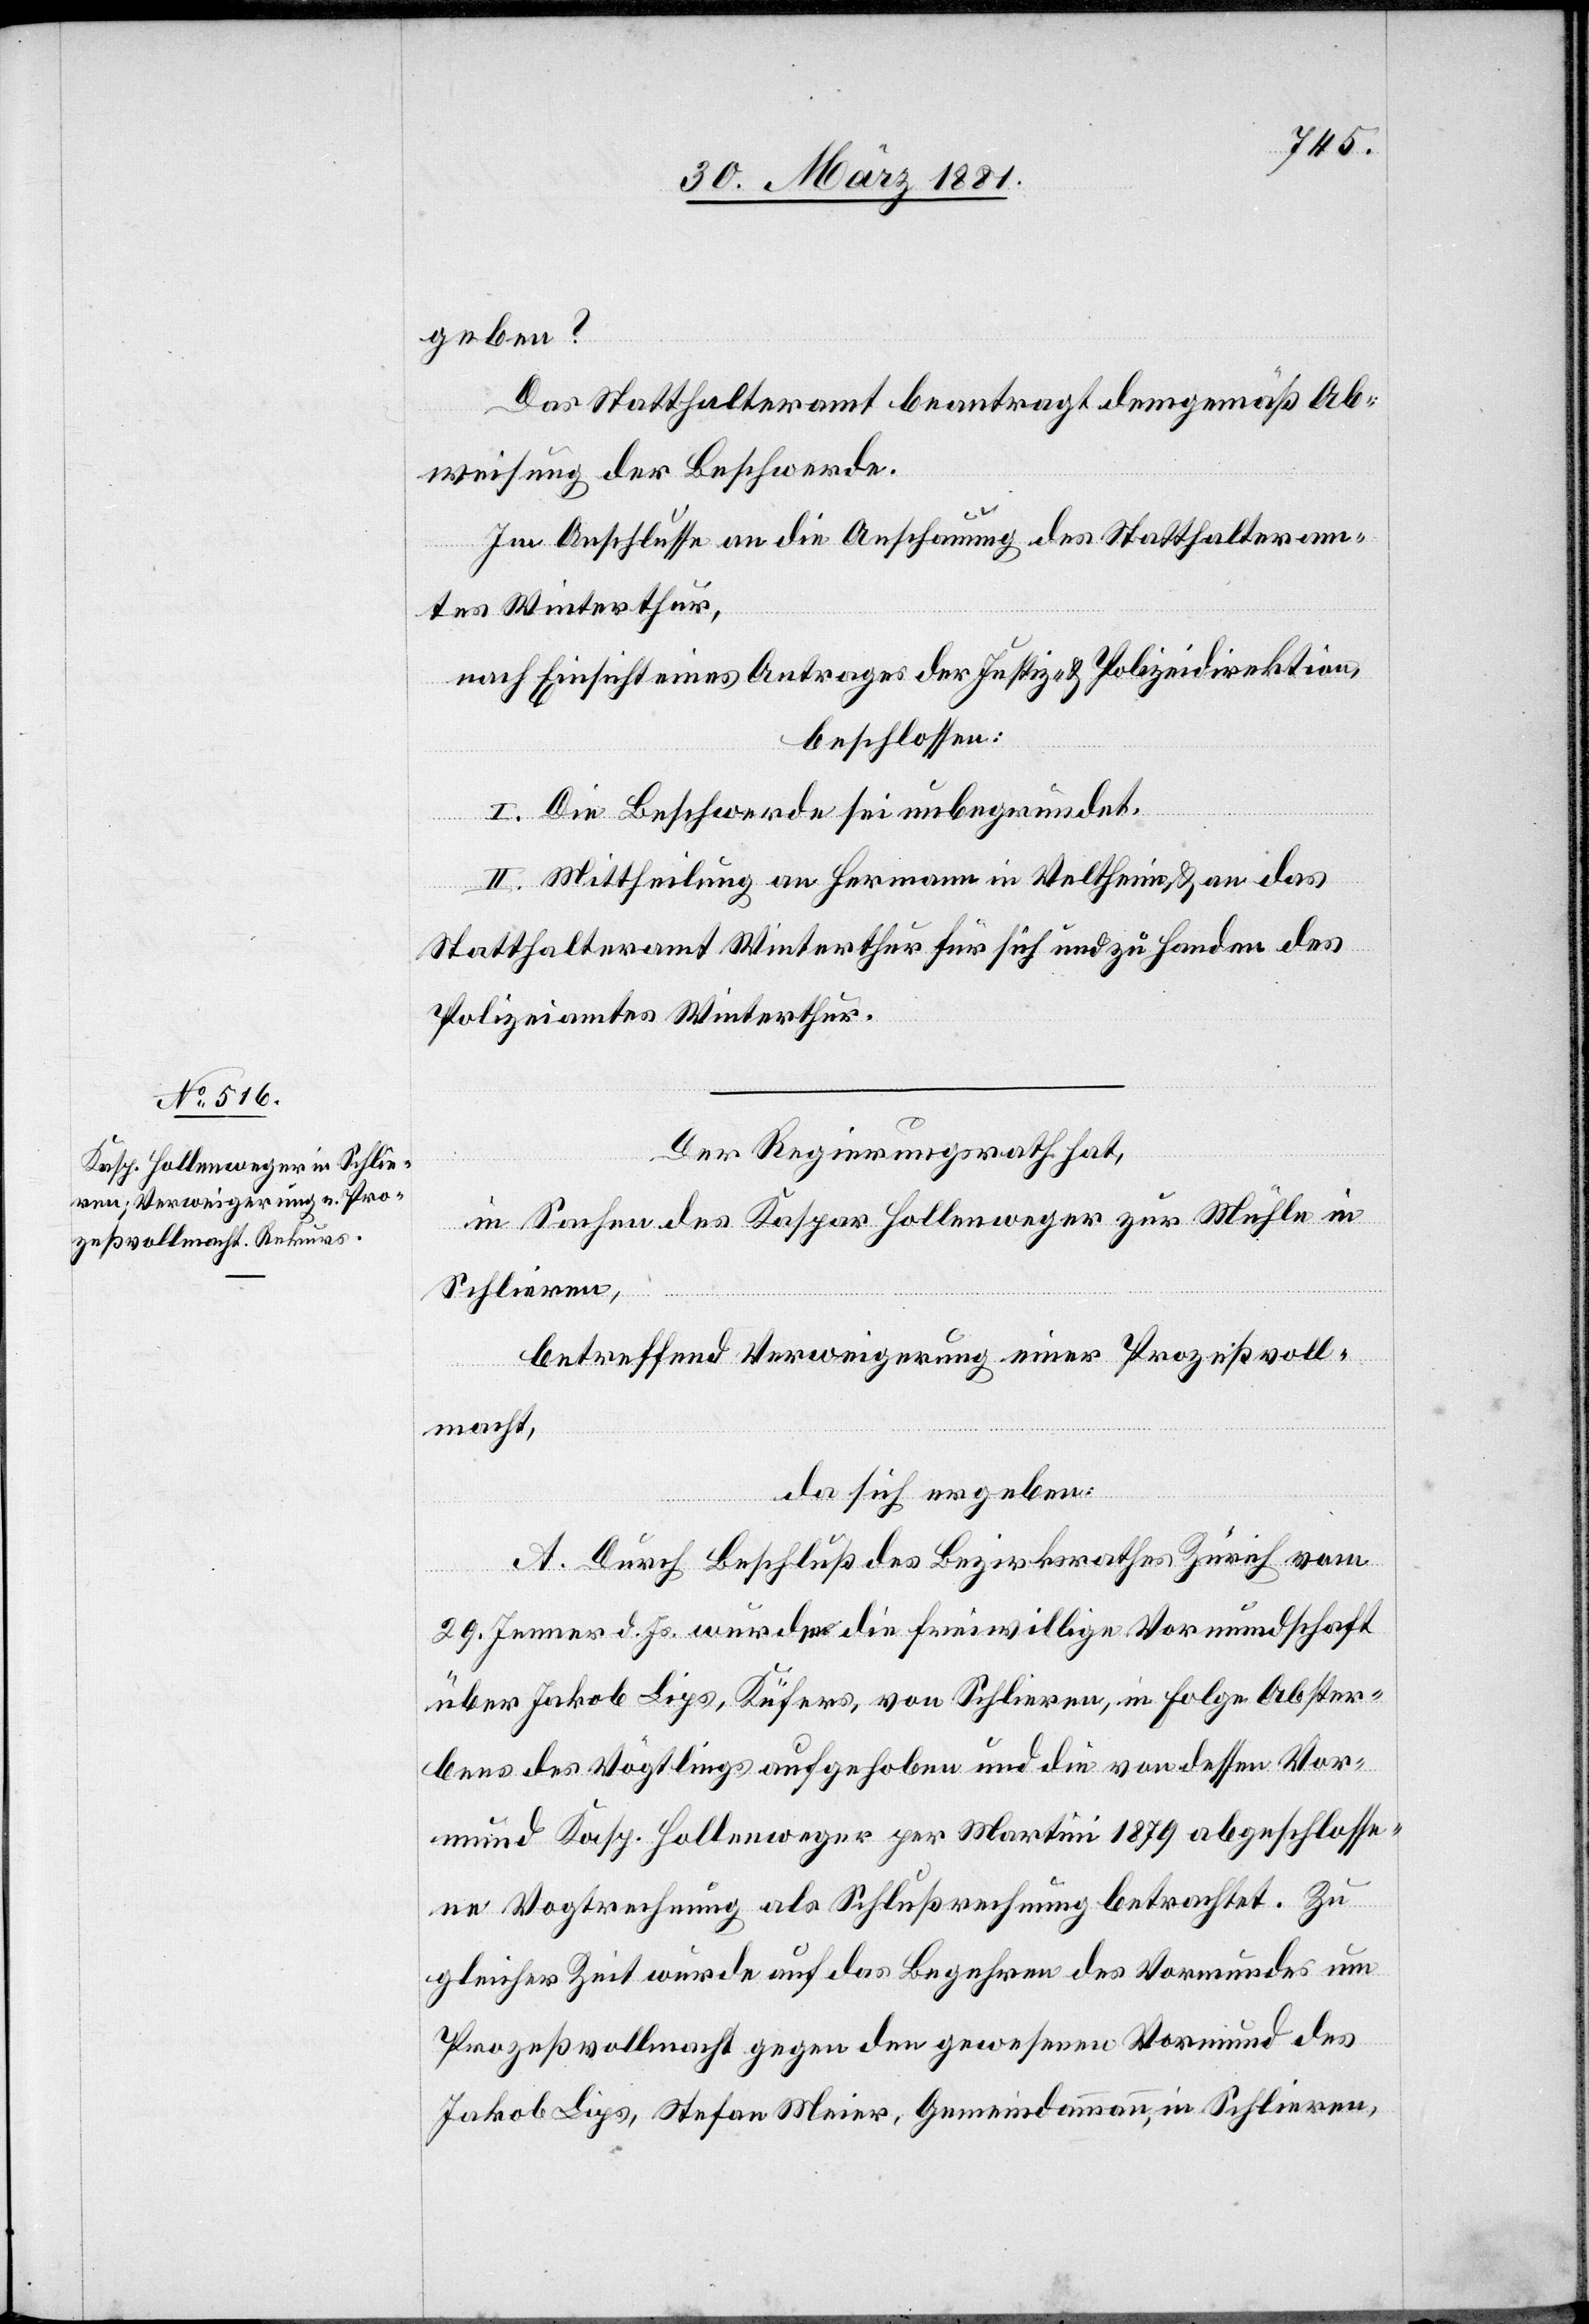
geben?
Das Statthalteramt beantragt demgemäß Ab¬
weisung der Beschwerde.
Im Anschlusse an die Anschauung des Statthalteram¬
tes Winterthur,
nach Einsicht eines Antrages der Justiz- & Polizeidirektion,
beschlossen:
I. Die Beschwerde sei unbegründet.
II. Mittheilung an Hermann in Veltheim & an das
Statthalteramt Winterthur für sich und zu Handen des
Polizeiamtes Winterthur.
Der Regierungsrath hat,
in Sachen des Kaspar Hollenweger zur Mühle in
Schlieren,
betreffend Verweigerung einer Prozeßvoll¬
macht,
da sich ergeben:
A. Durch Beschluß des Bezirksrathes Zürich vom
19. Jenner d. Js. wurde die freiwillige Vormundschaft
über Jakob Lips, Küfers, von Schlieren, in Folge Abster¬
bens des Vögtlings aufgehoben und die von dessen Vor¬
mund Kasp. Hollenweger per Martini 1879 abgeschlosse¬
ne Vogtrechnung als Schlußrechnung betrachtet. Zu
gleicher Zeit wurde auf das Begehren des Vormundes um
Prozeßvollmacht gegen den gewesenen Vormund des
Jakob Lips, Stefan Meier, Gemeindammann, in Schlieren,